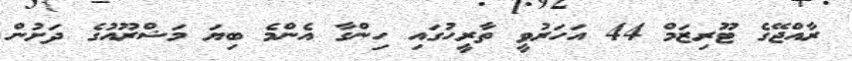
ރާއްޖޭގެ ޓޫރިޒަމް 44 އަހަރުވީ ތާރީހުގައި ހިންގާ އެންމެ ބިޔަ މަޝްރޫއުގެ ދަށުން